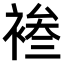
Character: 𫌄